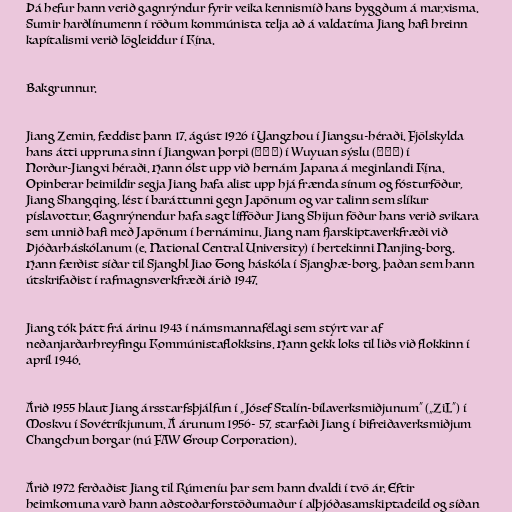
Þá hefur hann verið gagnrýndur fyrir veika kennismíð hans byggðum á marxisma.
Sumir harðlínumenn í röðum kommúnista telja að á valdatíma Jiang hafi hreinn
kapítalismi verið lögleiddur í Kína.

Bakgrunnur.

Jiang Zemin, fæddist þann 17. ágúst 1926 í Yangzhou í Jiangsu-héraði. Fjölskylda
hans átti uppruna sinn í Jiangwan þorpi (江湾村) í Wuyuan sýslu (婺源县) í
Norður-Jiangxi héraði. Hann ólst upp við hernám Japana á meginlandi Kína.
Opinberar heimildir segja Jiang hafa alist upp hjá frænda sínum og fósturföður,
Jiang Shangqing, lést í baráttunni gegn Japönum og var talinn sem slíkur
píslavottur. Gagnrýnendur hafa sagt lífföður Jiang Shijun föður hans verið svikara
sem unnið hafi með Japönum í hernáminu. Jiang nam fjarskiptaverkfræði við
Þjóðarháskólanum (e. National Central University) í hertekinni Nanjing-borg.
Hann færðist síðar til Sjanghl Jiao Tong háskóla í Sjanghæ-borg, þaðan sem hann
útskrifaðist í rafmagnsverkfræði árið 1947.

Jiang tók þátt frá árinu 1943 í námsmannafélagi sem stýrt var af
neðanjarðarhreyfingu Kommúnistaflokksins. Hann gekk loks til liðs við flokkinn í
apríl 1946.

Árið 1955 hlaut Jiang ársstarfsþjálfun í „Jósef Stalín-bílaverksmiðjunum“ („ZiL“) í
Moskvu í Sovétríkjunum. Á árunum 1956- 57, starfaði Jiang í bifreiðaverksmiðjum
Changchun borgar (nú FAW Group Corporation).

Árið 1972 ferðaðist Jiang til Rúmeníu þar sem hann dvaldi í tvö ár. Eftir
heimkomuna varð hann aðstoðarforstöðumaður í alþjóðasamskiptadeild og síðan